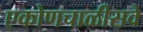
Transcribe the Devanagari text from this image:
एकोणचाळीसवे